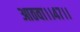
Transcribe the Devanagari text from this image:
आठवा।।४७।।